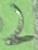
Text: 2